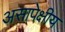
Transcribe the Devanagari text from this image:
असापेक्षीय